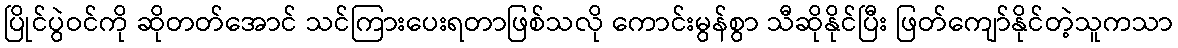
ပြိုင်ပွဲဝင်ကို ဆိုတတ်အောင် သင်ကြားပေးရတာဖြစ်သလို ကောင်းမွန်စွာ သီဆိုနိုင်ပြီး ဖြတ်ကျော်နိုင်တဲ့သူကသာ